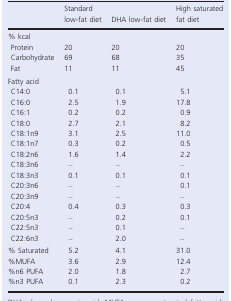
<table><thead><tr><td></td><td><b>Standard low-fat diet</b></td><td><b>DHA low-fat diet</b></td><td><b>High saturated fat diet</b></td></tr></thead><tbody><tr><td colspan="4">% kcal</td></tr><tr><td> Protein</td><td>20</td><td>20</td><td>20</td></tr><tr><td> Carbohydrate</td><td>69</td><td>68</td><td>35</td></tr><tr><td> Fat</td><td>11</td><td>11</td><td>45</td></tr><tr><td colspan="4">Fatty acid</td></tr><tr><td> C14:0</td><td>0.1</td><td>0.1</td><td>5.1</td></tr><tr><td> C16:0</td><td>2.5</td><td>1.9</td><td>17.8</td></tr><tr><td> C16:1</td><td>0.2</td><td>0.2</td><td>0.9</td></tr><tr><td> C18:0</td><td>2.7</td><td>2.1</td><td>8.2</td></tr><tr><td> C18:1n9</td><td>3.1</td><td>2.5</td><td>11.0</td></tr><tr><td> C18:1n7</td><td>0.3</td><td>0.2</td><td>0.5</td></tr><tr><td> C18:2n6</td><td>1.6</td><td>1.4</td><td>2.2</td></tr><tr><td> C18:3n6</td><td>–</td><td>–</td><td>–</td></tr><tr><td> C18:3n3</td><td>0.1</td><td>0.1</td><td>0.1</td></tr><tr><td> C20:3n6</td><td>–</td><td>–</td><td>0.1</td></tr><tr><td> C20:3n9</td><td>–</td><td>–</td><td>–</td></tr><tr><td> C20:4</td><td>0.4</td><td>0.3</td><td>0.3</td></tr><tr><td> C20:5n3</td><td>–</td><td>0.2</td><td>0.1</td></tr><tr><td> C22:5n3</td><td>–</td><td>0.1</td><td>–</td></tr><tr><td> C22:6n3</td><td>–</td><td>2.0</td><td>–</td></tr><tr><td>% Saturated</td><td>5.2</td><td>4.1</td><td>31.0</td></tr><tr><td>%MUFA</td><td>3.6</td><td>2.9</td><td>12.4</td></tr><tr><td>%n6 PUFA</td><td>2.0</td><td>1.8</td><td>2.7</td></tr><tr><td>%n3 PUFA</td><td>0.1</td><td>2.3</td><td>0.2</td></tr></tbody></table>